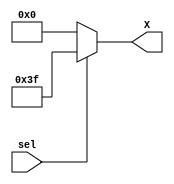
`timescale 1ns / 1ps

module set_const(
    input sel,
    output [5:0] X
    );
	 
	 //internal result signal
	 reg [5:0] result;
	 
	 
	always @*
	//if bit is 1, set to 1's
		if(sel==1)
			result = 6'b111111;
	//else set to 0's
		else
			result = 6'b000000;
			
	//assign output to X
	assign X = result;

endmodule